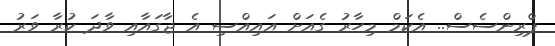
ޕްރިންސެސް.. އެކަމް މިހާރު ގެއަށް އައިއްސި އެ ޖާގައާއި ވާދަ ކުރާ ވަރު